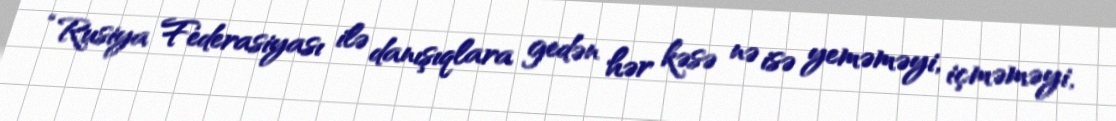
“Rusiya Federasiyası ilə danışıqlara gedən hər kəsə nə isə yeməməyi, içməməyi,